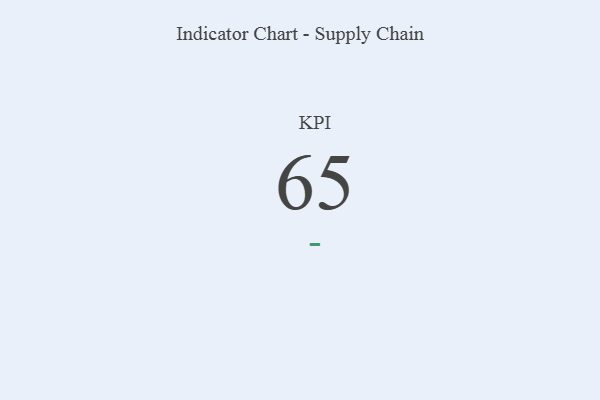
{"axis": {"x": "KPI", "y": "Value"}, "legend": [""], "data": [{"x": "KPI", "y": 65, "type": ""}]}